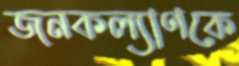
জনকল্যাণকে